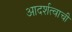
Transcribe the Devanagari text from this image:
आदर्शत्वाची